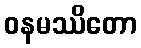
ဝနမဿိတော